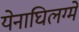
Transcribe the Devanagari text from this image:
येनाघिलग्मे